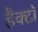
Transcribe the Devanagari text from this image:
हैक्टॉ